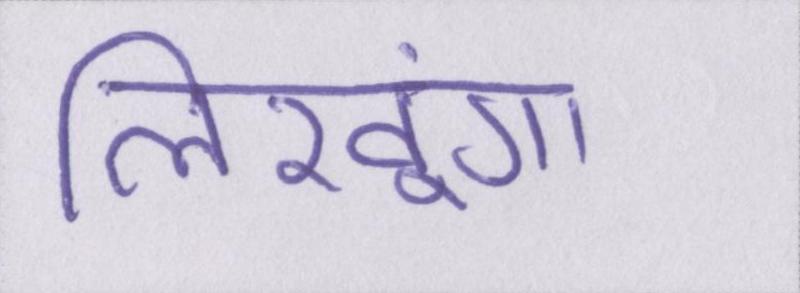
लिखूंगा